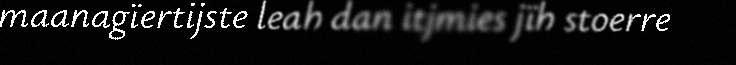
maanagïertijste leah dan itjmies jïh stoerre